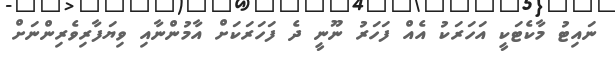
ނައިޓު މާކެޓަކީ އަހަރަކު އެއް ފަހަރު ނޫނީ ދެ ފަހަރަކަށް އާމުންނާއި ވިޔަފާރިވެރިންނަށް